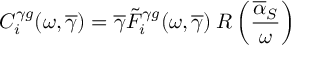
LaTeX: C _ { i } ^ { \gamma g } ( \omega , \overline { { { \gamma } } } ) = \overline { { { \gamma } } } \tilde { F } _ { i } ^ { \gamma g } ( \omega , \overline { { { \gamma } } } ) \: R \left( \frac { \overline { { { \alpha } } } _ { S } } { \omega } \right)